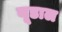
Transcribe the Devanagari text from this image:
यूडाल